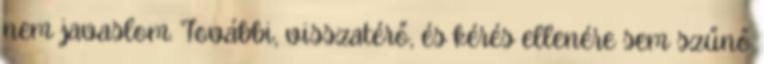
nem javaslom. További, visszatérő, és kérés ellenére sem szűnő